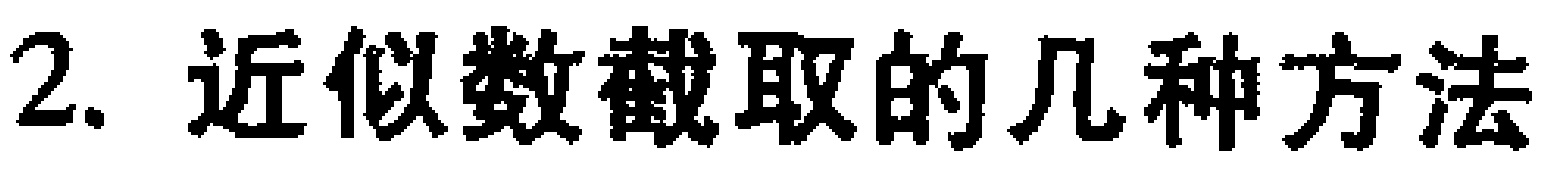
2. 近似数截取的几种方法